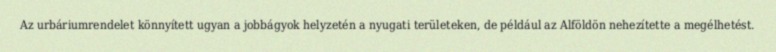
Az urbáriumrendelet könnyített ugyan a jobbágyok helyzetén a nyugati területeken, de például az Alföldön nehezítette a megélhetést.